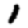
Digit: 1